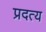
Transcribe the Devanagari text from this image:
प्रदत्य